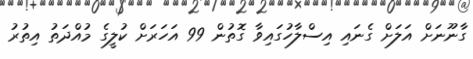
ގާނޫނަށް އަލަށް ގެނައި އިސްލާހުގައިވާ ގޮތުން 99 އަހަރަށް ކުލީގެ މުއްދަތު އިތުރު